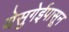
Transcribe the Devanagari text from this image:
येसुगेईपासून